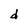
Character: d